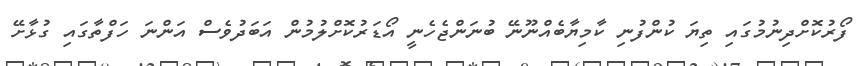
ފޯރުކޮށްދިނުމުގައި ތިޔަ ކުންފުނި ކާމިޔާބެއްނޫނޭ ބުނަންޖެހެނީ އޯޑަރުކޮށްލުމުން އަބަދުވެސް އަންނަ ހަފްތާގައި ގުޅާށޭ